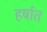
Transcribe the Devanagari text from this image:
हर्षात